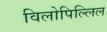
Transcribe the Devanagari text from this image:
विलोपिल्लिल